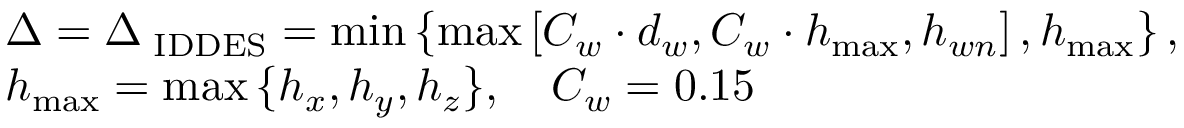
\begin{array} { r l } & { \Delta = \Delta _ { \mathrm { \tiny ~ I D D E S } } = \operatorname* { m i n } \left\{ { \operatorname* { m a x } \left[ { C _ { w } \cdot d _ { w } , C _ { w } \cdot h _ { \operatorname* { m a x } } , h _ { w n } } \right] , h _ { \operatorname* { m a x } } } \right\} , } \\ & { h _ { \mathrm { m a x } } = \operatorname* { m a x } { \{ h _ { x } , h _ { y } , h _ { z } \} } , \ \ \ C _ { w } = 0 . 1 5 } \end{array}